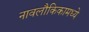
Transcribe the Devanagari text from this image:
नावलौकिकामध्ये